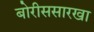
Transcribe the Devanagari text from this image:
बोरीससारखा